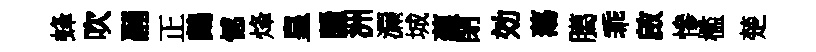
蜂吹翮正鷓憾烽皇隱洲漏城藴閉効蕩臈乖啟慘檻楚